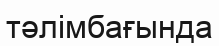
тәлімбағында